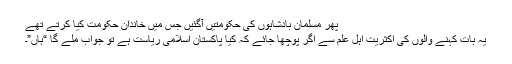
پھر مسلمان بادشاہوں کی حکومتیں آگئیں جس میں خاندان حکومت کیا کرتے تھے
یہ بات کہنے والوں کی اکثریت اہل علم سے اگر پوچھا جائے کہ کیا پاکستان اسلامی ریاست ہے تو جواب ملے گا “ہاں”۔